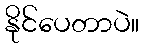
နိုင်ပေတာပဲ။